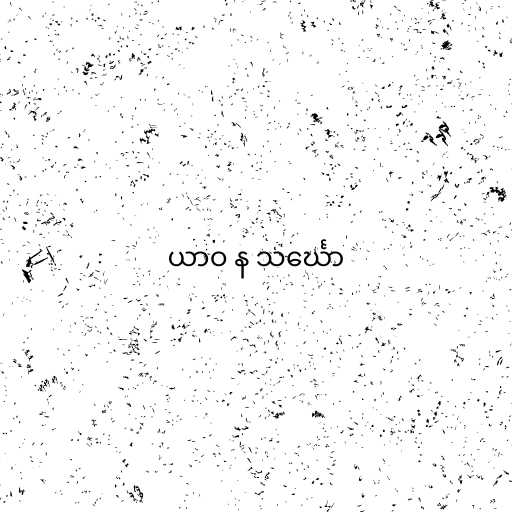
ယာဝ န သင်္ဃော